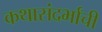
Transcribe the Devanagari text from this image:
कथासंदर्भांची